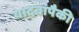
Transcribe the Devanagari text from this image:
यादवांपैकी